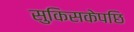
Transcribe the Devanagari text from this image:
सुकिसकेपछि